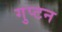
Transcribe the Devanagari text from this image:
गुप्टन